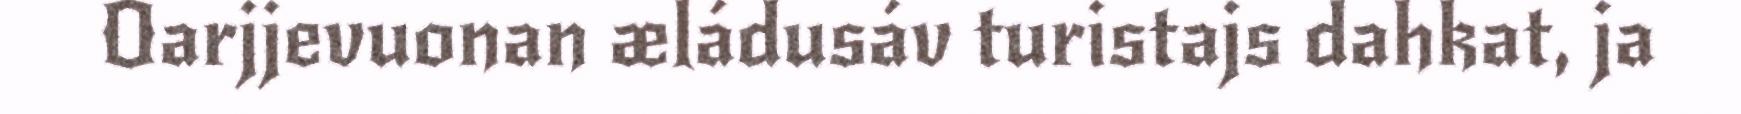
Oarjjevuonan æládusáv turistajs dahkat, ja